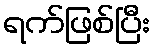
ရက်ဖြစ်ပြီး